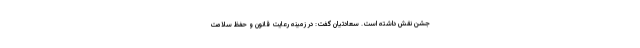
جشن نقش داشته است. سعادتیان گفت: در زمینه رعایت قانون و حفظ سلامت